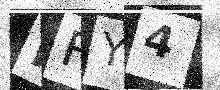
Text: NFY4